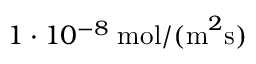
1 \cdot 1 0 ^ { - 8 } \; \mathrm { m o l / ( m } ^ { 2 } \mathrm { s } )